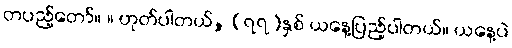
တပည့်တော်။ ။ ဟုတ်ပါတယ်, (၇၇)နှစ် ယနေ့ပြည့်ပါတယ်။ ယနေ့ပဲ